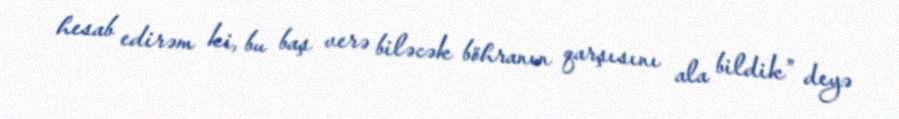
hesab edirəm ki, bu baş verə biləcək böhranın qarşısını ala bildik” deyə